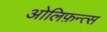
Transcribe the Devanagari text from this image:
ओलिफ़न्त्स